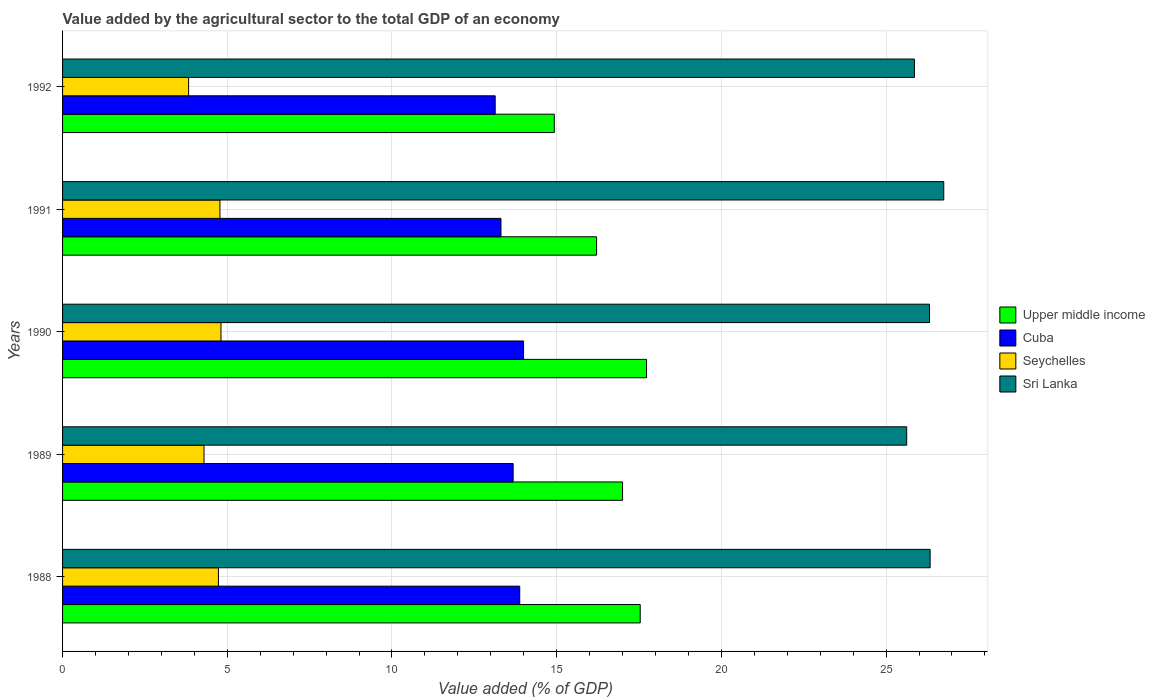
| Years | Upper middle income | Cuba | Seychelles | Sri Lanka |
 | --- | --- | --- | --- | --- |
 | 1988 | 17.5 | 13.9 | 4.73 | 26.3 |
 | 1989 | 17 | 13.7 | 4.29 | 25.6 |
 | 1990 | 17.7 | 14 | 4.81 | 26.3 |
 | 1991 | 16.2 | 13.3 | 4.78 | 26.8 |
 | 1992 | 14.9 | 13.1 | 3.83 | 25.9 |